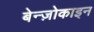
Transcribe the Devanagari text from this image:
बेन्ज़ोकाइन